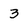
Character: 3